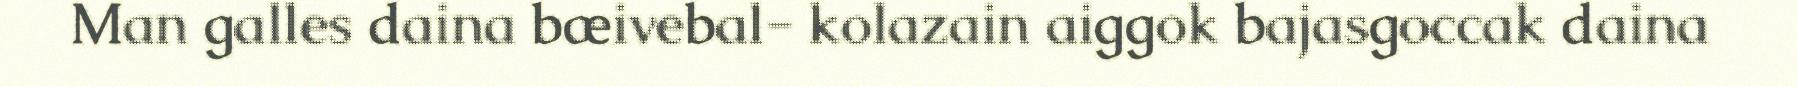
Man galles daina bæivebal- kolazain aiggok bajasgoccak daina